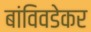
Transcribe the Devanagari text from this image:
बांविवडेकर